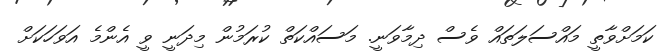
ކަމަށްވާތީ މައްސަލަތައް ވެސް ދިމާވަނީ. މަސައްކަތް ކުރަމުން މިދަނީ ވީ އެންމެ އަވަހަކަށް